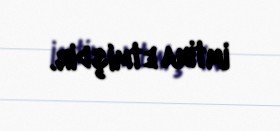
imtina etmişdir.